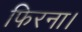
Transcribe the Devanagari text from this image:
फिरना।